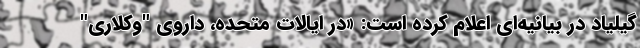
گیلیاد در بیانیه‌ای اعلام کرده است: «در ایالات متحده، داروی "وکلاری"